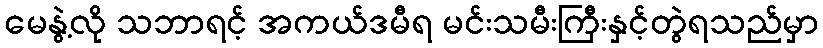
မေနွဲ့လို သဘာရင့် အကယ်ဒမီရ မင်းသမီးကြီးနှင့်တွဲရသည်မှာ